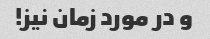
و در مورد زمان نیز!